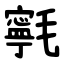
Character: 㲰